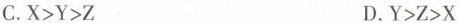
C.$$X>Y>Z$$ D.$$Y>Z>X$$